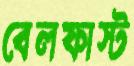
বেলফাস্ট